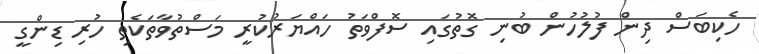
ހެކިބަސް ދިން ފުލުހުން ބުނި ގޮތުގައި ސޮފްވަތު ހައްޔަރުކުރީ މަސްތުވާތަކެތި ހުރި ޑިންގީ